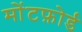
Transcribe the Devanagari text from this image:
मोंटफ़ोर्ड